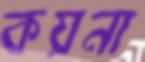
কয়না